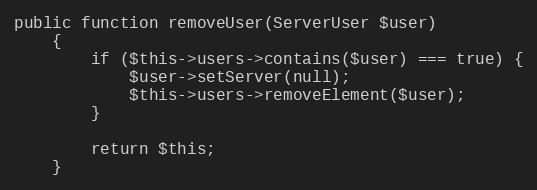
Language: PHP
public function removeUser(ServerUser $user)
    {
        if ($this->users->contains($user) === true) {
            $user->setServer(null);
            $this->users->removeElement($user);
        }

        return $this;
    }